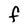
Character: F